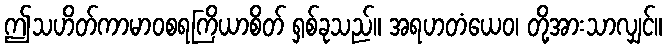
ဤသဟိတ်ကာမာဝစရကြိယာစိတ် ရှစ်ခုသည်။ အရဟတံယေဝ၊ တို့အားသာလျှင်။